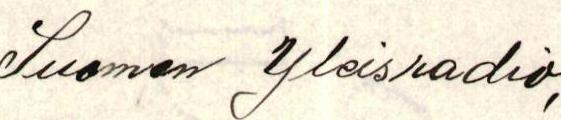
Suomen Yleisradio,